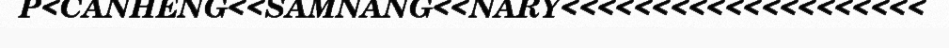
P<CANHENG<<SAMNANG<<NARY<<<<<<<<<<<<<<<<<<<<